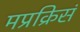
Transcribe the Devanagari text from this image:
मप्रक्रिसं